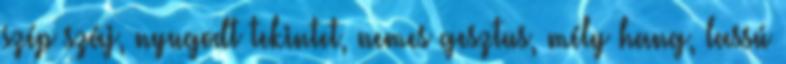
szép száj, nyugodt tekintet, nemes gesztus, mély hang, lassú